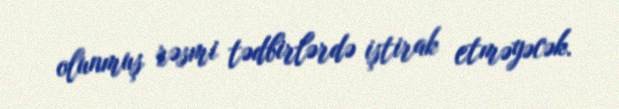
olunmuş rəsmi tədbirlərdə iştirak etməyəcək.